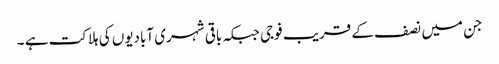
جن میں نصف کے قریب فوجی جبکہ باقی شہری آبادیوں کی ہلاکت ہے ۔